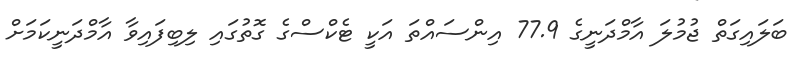
ބަލައިގަތް ޖުމުލަ އާމްދަނީގެ 77.9 އިންސައްތަ އަކީ ޓެކްސްގެ ގޮތުގައި ލިބިފައިވާ އާމްދަނީކަމަށް